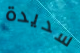
سديدة